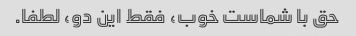
حق با شماست خوب، فقط این دو، لطفا.